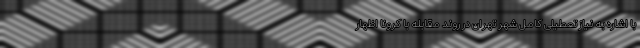
با اشاره به نیاز تعطیلی کامل شهر تهران در روند مقابله با کرونا اظهار